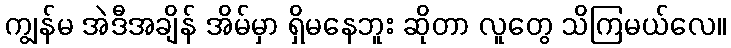
ကျွန်မ အဲဒီအချိန် အိမ်မှာ ရှိမနေဘူး ဆိုတာ လူတွေ သိကြမယ်လေ။